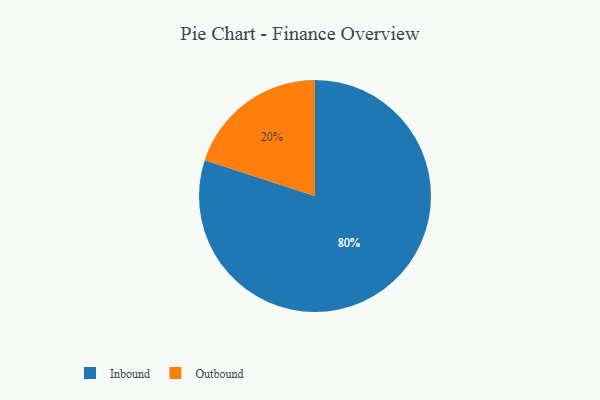
{"axis": {"x": "Category", "y": "Percentage"}, "legend": ["Inbound", "Outbound"], "data": [{"x": "Outbound", "y": 20, "type": "Outbound"}, {"x": "Inbound", "y": 80, "type": "Inbound"}]}